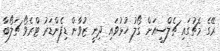
ރޭގެ މެޗުގައި ޗެލްސީއަށް ގޯލު ހުޅުވައި ދިނީ ޒުވާން ޑިފެންޑަރު ޓްރެވޯ ޗަލޯބާ